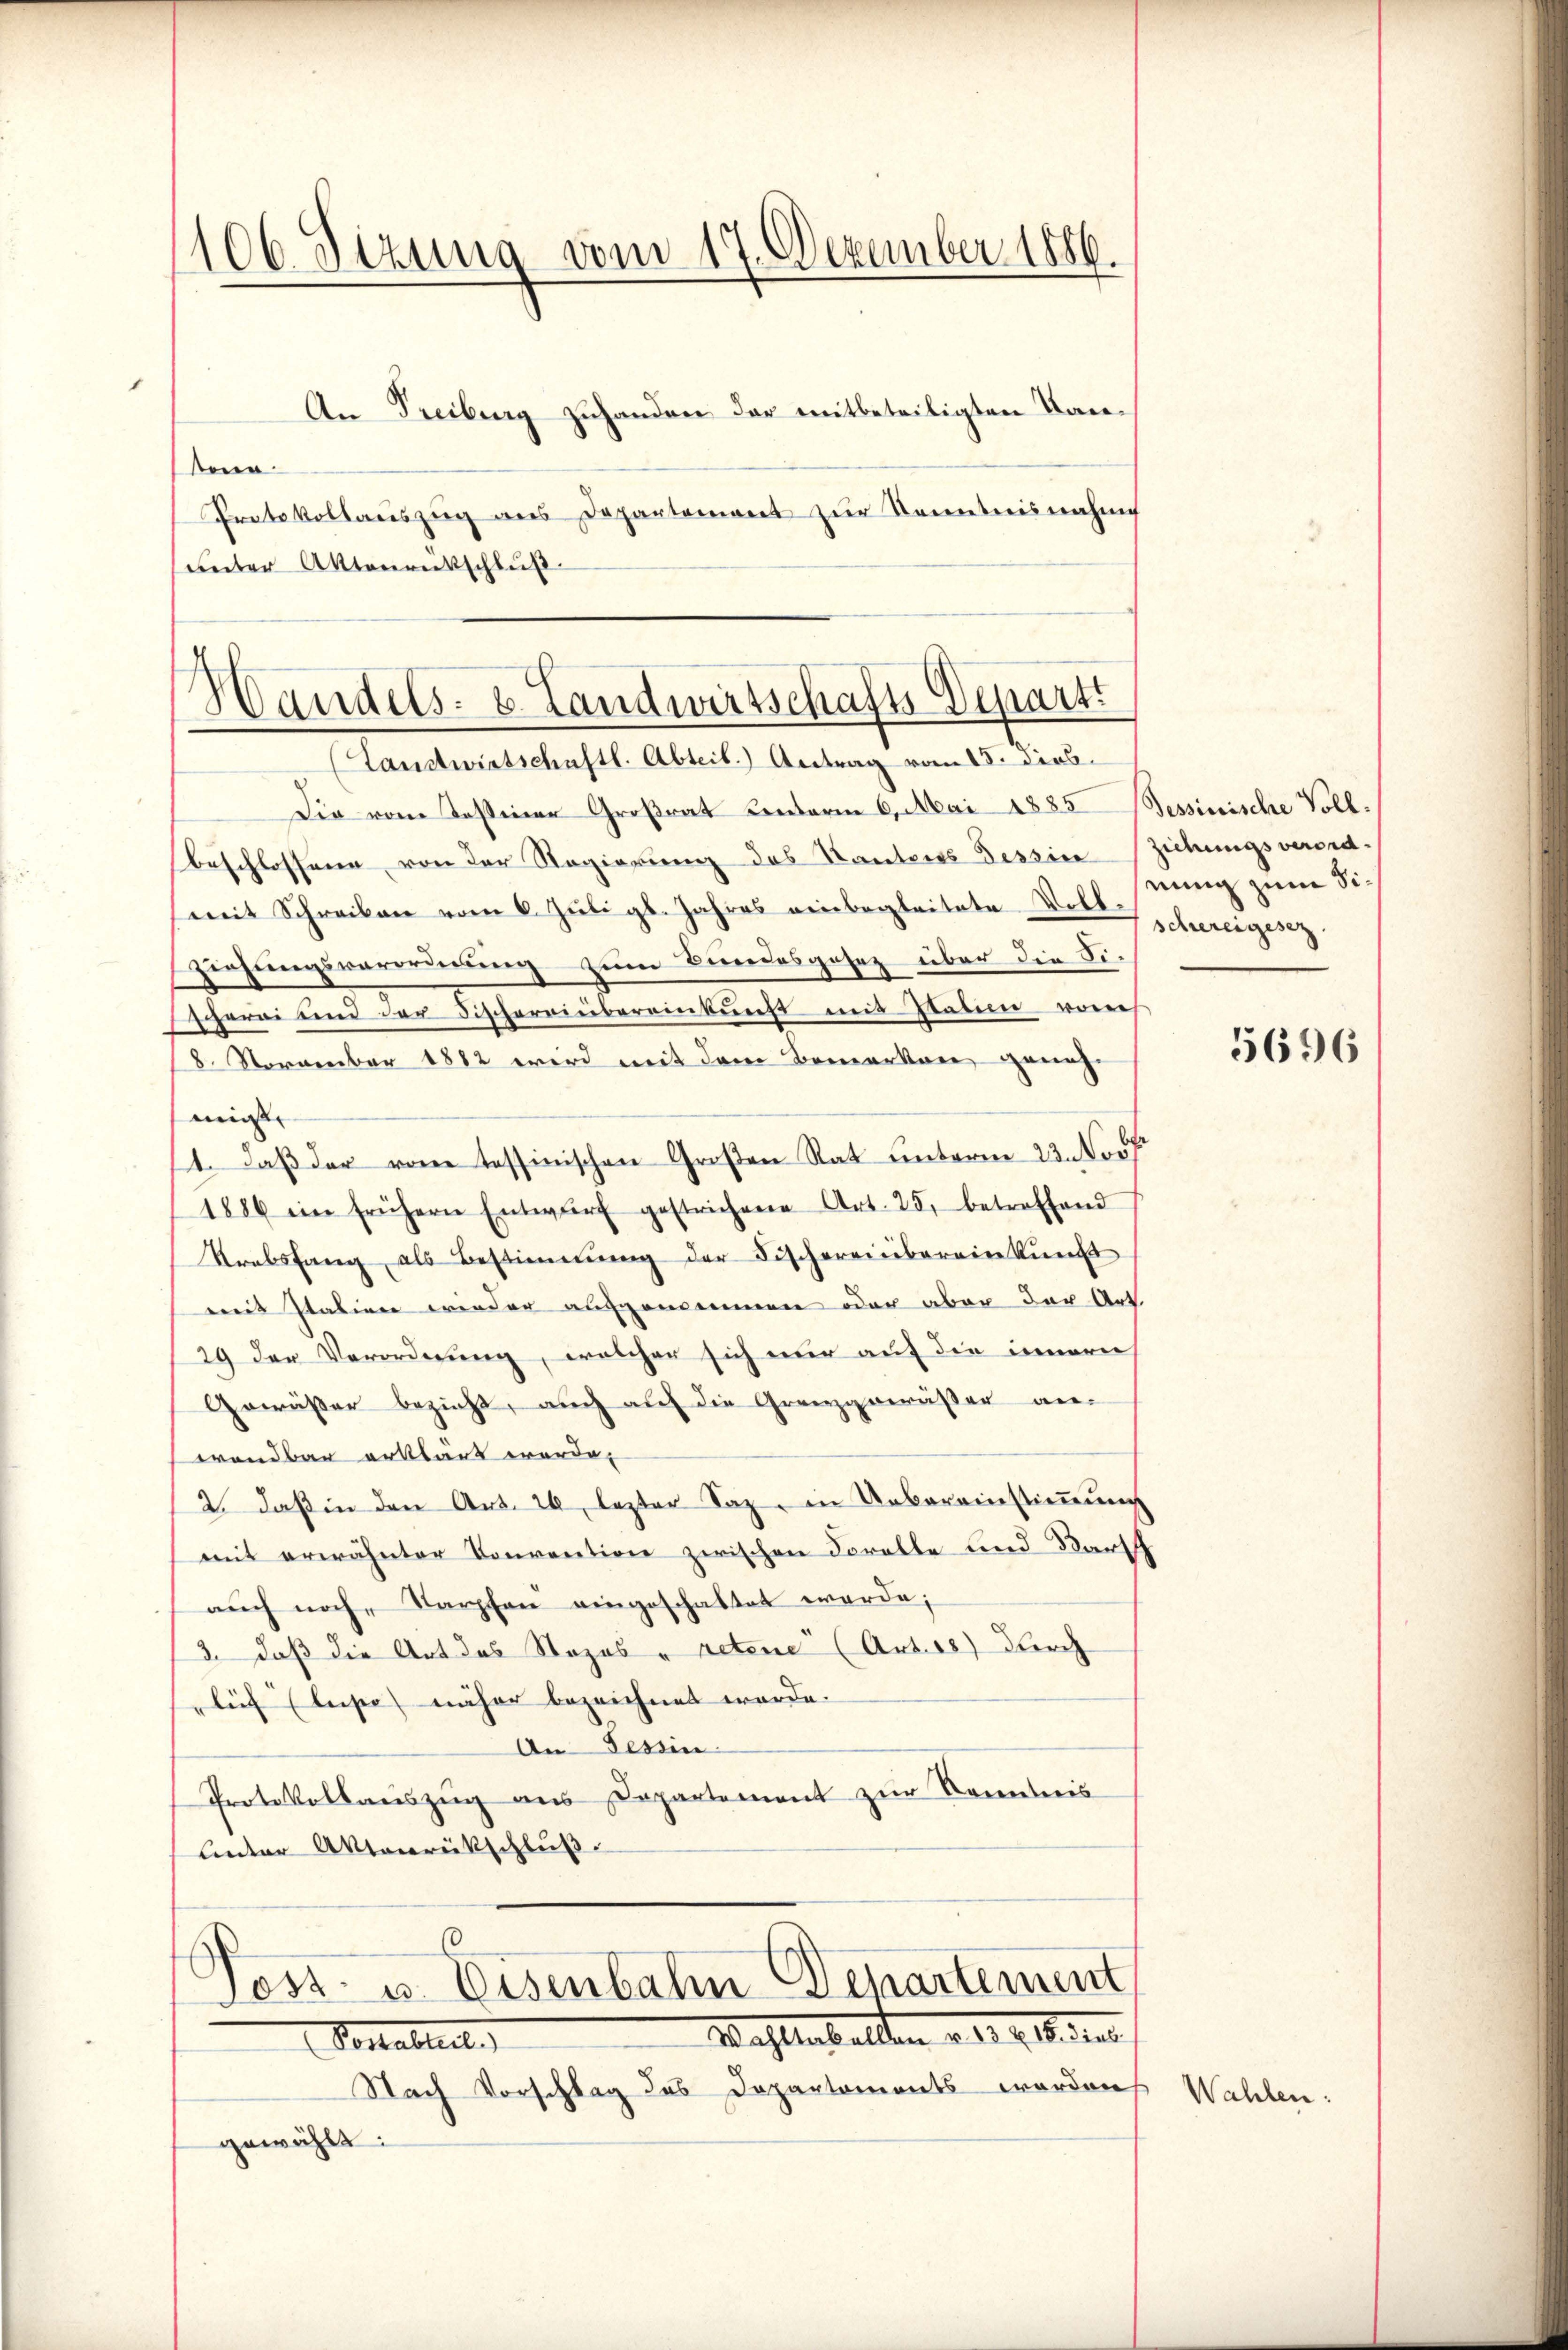
106. Sezung vom 17. Dezember 1886.

An Freiburg zuhanden der mitbeteiligten Kansein
Protokollauszug aus Departement zur Kenntnisnahme
unter Aktenrückschluß.

Handels- u. Landwirtschafts-Departi
(Landtwirtschaftl. Abteil.) Antrag vom 18. Dieb.

Die vom Tessiner Großrat Centerm 6. Mai 1883 Sessinische Voll.
beschlossene von der Regierung des Kantons Tessine Ziehungsverordmit Schreiben vom 6. Juli gl. Jahres einbegleitete Vollziehungsverordnung zum Bundesgesetz über die Fi-
scherei und der Fischereinbereinkunft mit Staben von
8. November 1882 wird mit dem Bemerken genehmis
1. Daß der vom tessinischen Großen Rat unterm 23. No
1886 ein frühern Entwŭrf gestrichene Art. 25, betreffend
Krebsfang als Bestimmung der Fischereinbereinkunft
mit Italien wieder aufgemeinen oder aber der Art.
29 der Verordnung, welcher sich nur auf die innern
Gewäßer bezieht, auch auf die Grenzgemäßer an-
wendbar erklaus werde.
2. daß in den Art. 26, lezter Saz, in Uebereinstimmung
mit erwähnter Konvention zwischen Forelle und Barsch
auch noch, Karpfen eingeschaltet werde;
3. daß die Art das Stozas " retene (Artus) durch
lich (luse) näher bezeichnet werde.
An Tessin
Protokollauszug aus Departement zur Kenntnis
Unter Aktenrückschluß.

Post- u. Eisenbahn Departement
Wahlerhalten d. d. 9. 6. de
Portablirt.

Nach Vorschlag des Departements worden
gewählt:

nung zum Fischereigesez

Wahlen:

5696